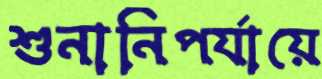
শুনানিপর্যায়ে